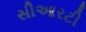
સીઆરટી